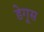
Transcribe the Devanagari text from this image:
डेगूस